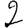
Digit: 2